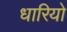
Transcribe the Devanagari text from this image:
धारियो